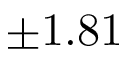
\pm 1 . 8 1